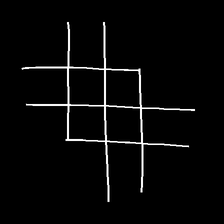
Glyph: crystal